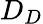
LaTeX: D_{D}